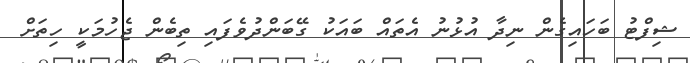
ޝިފްޓު ބަހައިގެން ނިދާ އުޅުނު އެތައް ބައަކު ގޭބަންދުވެފައި ތިބެން ޖެހުމަކީ ހިތަށް